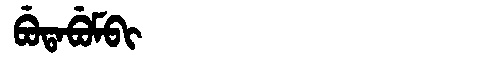
Manchu: ᠪᡠᡨᠠᠪᡠᠮᠪᡳ
Romanization: BUTABUMBI